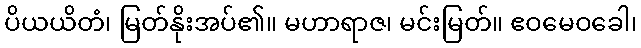
ပိယယိတံ၊ မြတ်နိုးအပ်၏။ မဟာရာဇ၊ မင်းမြတ်။ ဧဝမေဝခေါ၊